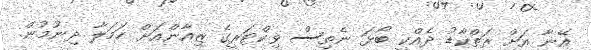
އޭނާ އަށް ރަތްކާޑު ދެއްކީ ބޯޅަ ނެތިސް ވިކްޓަރީގެ ޒިއާންއަށް ހަމަލާ ދިނުމުން.